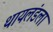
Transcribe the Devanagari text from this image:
थायलंडला